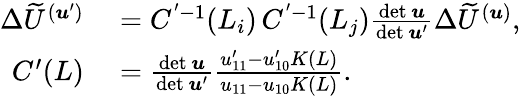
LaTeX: \begin{array}{rl}{\Delta\widetilde U^{(\boldsymbol{u}^{\prime})}}&{{}=C^{'-1}(L_{i})\, C^{'-1}(L_{j})\frac{\mathrm{det}\, \boldsymbol{u}}{\mathrm{det}\, \boldsymbol{u}^{\prime}}\Delta\widetilde U^{(\boldsymbol{u})},}\\ {C^{\prime}(L)}&{{}=\frac{\mathrm{det}\, \boldsymbol{u}}{\mathrm{det}\, \boldsymbol{u}^{\prime}}\frac{u_{11}^{\prime}-u_{10}^{\prime}K(L)}{u_{11}-u_{10}K(L)}.}\end{array}